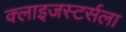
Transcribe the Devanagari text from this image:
क्लाइजस्टर्सला